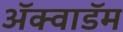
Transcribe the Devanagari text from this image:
ॲक्वाडॅम